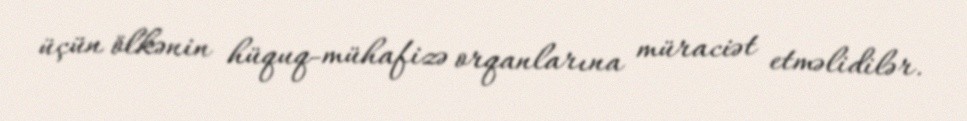
üçün ölkənin hüquq-mühafizə orqanlarına müraciət etməlidilər.